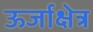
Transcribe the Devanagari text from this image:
ऊर्जाक्षेत्र